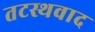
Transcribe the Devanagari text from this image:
तटस्थवाद